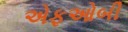
એફઓબી